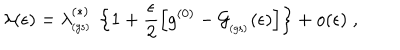
\lambda ( \epsilon ) = \lambda _ { _ \mathrm { ( g s ) } } ^ { ( \ast ) } \, \left\{ 1 + \frac { \epsilon } { 2 } \left[ g ^ { ( 0 ) } - { \mathcal G } _ { _ \mathrm { ( g s ) } } ( \epsilon ) \right] \right\} + o ( \epsilon ) \; ,